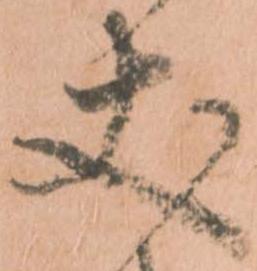
丈